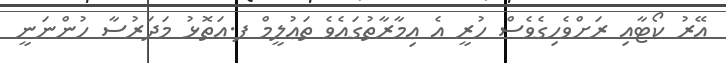
އޭރު ކޯޓާއި ރަށްވެހިގެވެސް ހުރީ އެ ޢިމާރާތުގައެވެ ތަޢުލީމް ފ.އަތޮޅު މަދަރުސާ ހުންނަނީ